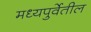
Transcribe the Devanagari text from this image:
मध्यपुर्वेतील